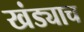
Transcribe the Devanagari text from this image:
खंड्याच